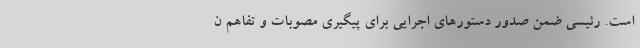
است. رئیسی ضمن صدور دستور‌های اجرایی برای پیگیری مصوبات و تفاهم ن